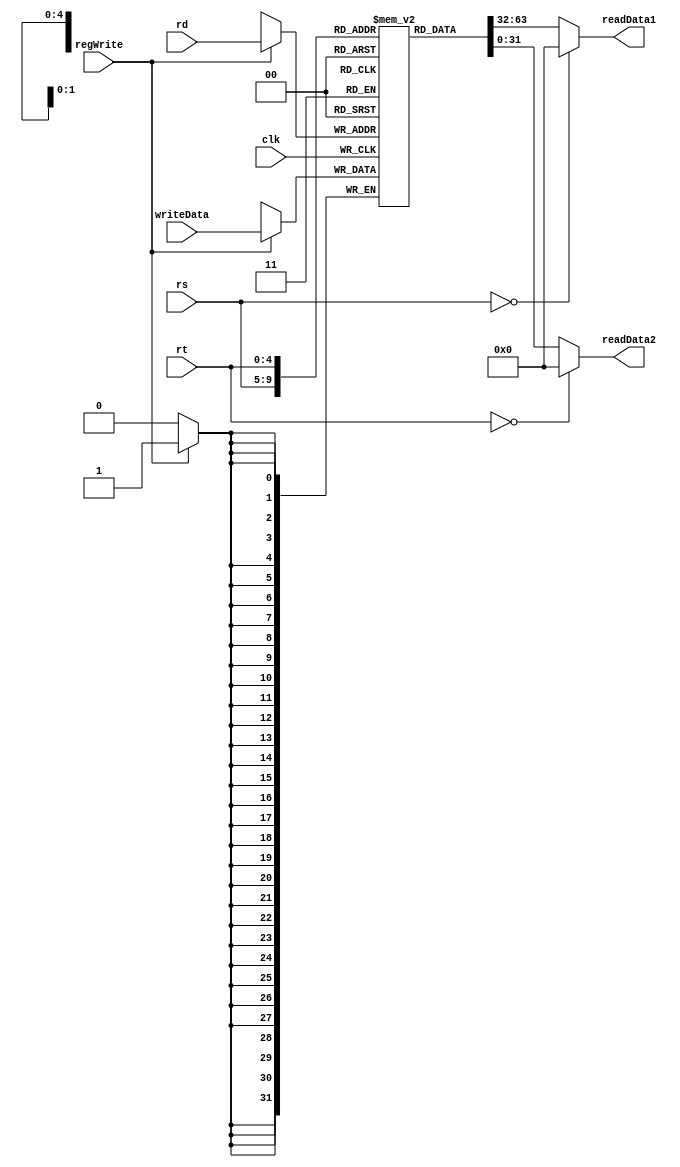
module register_file(clk, rs, rt, rd, regWrite, writeData, readData1, readData2);
input regWrite, clk;
input [4:0] rs, rt, rd;
input [31:0] writeData;

output reg [31:0] readData1, readData2;

reg [31:0] registers [31:0];

always @(rs or rt)
begin
     readData1 <= (rs==0)? 32'b0:registers[rs];
     readData2 <= (rt==0)? 32'b0:registers[rt];   
end

always @(posedge clk)
begin
    if(regWrite)
        registers[rd] <= writeData;
end

endmodule